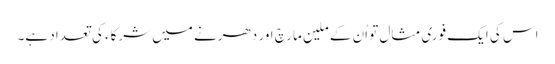
اس کی ایک فوری مثال تو اُن کے ملین مارچ اور دھرنے میں شرکاء کی تعداد ہے۔